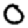
Digit: 0